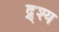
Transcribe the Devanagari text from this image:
द्र्श्य